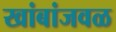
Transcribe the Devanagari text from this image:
खांबांजवळ